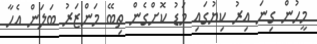
މީހުން ގިނަ އިރު ކިޔުގައި މަޑު ކޮށްގެން ތިބޭ މަންޒަރު ބަލަން އެހާ